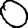
Digit: 0